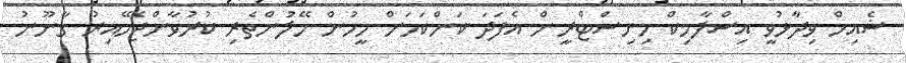
ޝެއިހް ވިދާޅުވީ އިސްލާމިކް މިނިސްޓްރީން އެފަދަ ކަންކަމަށް މީހުން ހޭލުންތެރި ކުރުވާންޖެހޭއިރު ގާނޫނު